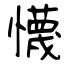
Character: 懱